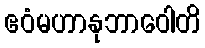
ဧဝံမဟာနုဘာဝေါတိ